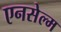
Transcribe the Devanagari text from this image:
एनसेल्म